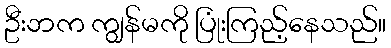
ဦးဘက ကျွန်မကို ပြုံးကြည့်နေသည်။